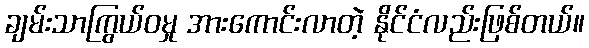
ချမ်းသာကြွယ်ဝမှု အားကောင်းလာတဲ့ နိုင်ငံလည်းဖြစ်တယ်။